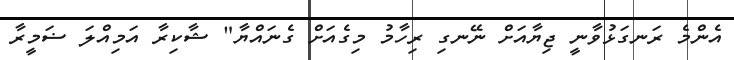
އެންމެ ރަނގަޅުވާނީ ޖިޔާއަށް ނޭނގި ރިހާމު މިގެއަށް ގެނައްޔާ" ޝާކިރާ އަމިއްލަ ޟަމީރާ